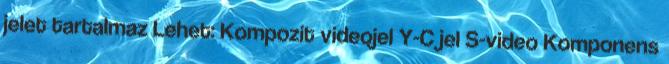
jelet tartalmaz Lehet: Kompozit videojel Y-C jel S-video Komponens